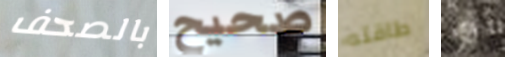
بالصحف صحيح طاقته إطالة